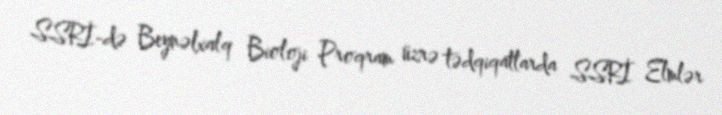
SSRİ-də Beynəlxalq Bioloji Proqram üzrə tədqiqatlarda SSRİ Elmlər